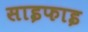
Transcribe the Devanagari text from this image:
साइफाइ